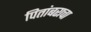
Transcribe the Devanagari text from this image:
पितांबराचा